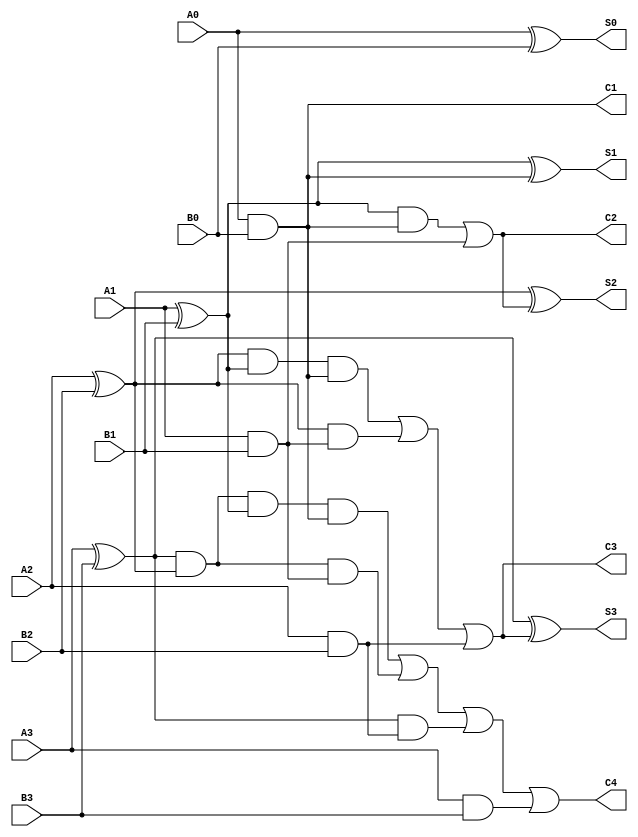
module Adder1(input A0,input A1,input A2,input A3,input B0,input B1,input B2,input B3,output C1,output C2,output C3,output C4,output S0,output S1,output S2,output S3);

wire G0,G1,G2,G3;
wire P0,P1,P2,P3;
wire C1,C2,C3,C4;

and Gate1(G0,A0,B0);
and Gate2(G1,A1,B1);
and Gate3(G2,A2,B2);
and Gate4(G3,A3,B3);
xor Gate5(P0,A0,B0);
xor Gate6(P1,A1,B1);
xor Gate7(P2,A2,B2);
xor Gate8(P3,A3,B3);
wire w1,w2,w3,w4,w5,w6,w7,w8,w9,w10,w11,w12,w13,w14,w15,w16;
// C1=G0+P0C0
assign C1=G0;
// C2=G1+P1C1=G1+P1(G0+P0C0)
and Gate9(w1,P1,G0);
or Gate10(C2,w1,G1);
// C3=G2+P2C2=G2+P2[G1+P1(G0+P0C0)]
and Gate11(w2,P2,P1,G0);
and Gate12(w3,P2,G1);
or Gate13(C3,w2,w3,G2);
// C4=G3+P3C3=G3+P3[G2+P2[G1+P1(G0+P0C0)]]
and Gate14(w4,P3,P2,P1,G0);
and Gate15(w5,P3,P2,G1);
and Gate16(w6,P3,G2);
or Gate17(C4,w4,w5,w6,G3);
//S0=P0 XOR C0
xor Gate18(S0,P0,0);
//S1=P1 XOR C1
xor Gate19(S1,P1,C1);
//S2=P2 XOR C2
xor Gate20(S2,P2,C2);
//S3=P3 XOR C3
xor Gate21(S3,P3,C3);


endmodule